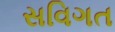
સવિગત